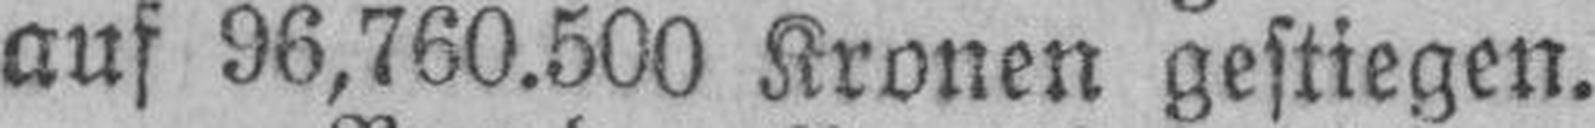
auf 96,760.500 Kronen gestiegen.